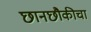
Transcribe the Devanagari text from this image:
छानछौकीचा